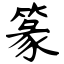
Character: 篆